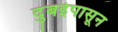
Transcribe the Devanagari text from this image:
दुबईपासून